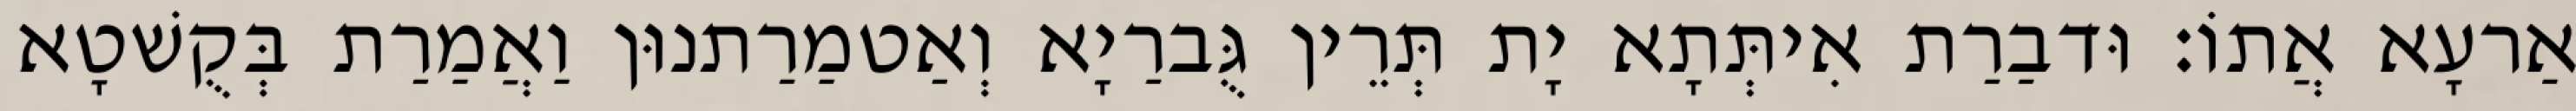
אַרעָא אֲתוֹ׃ וּדבַרַת אִיתְּתָא יָת תְּרֵין גֻּברַיָא וְאַטמַרַתנוּן וַאֲמַרַת בְּקֻשׁטָא